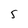
Character: 5